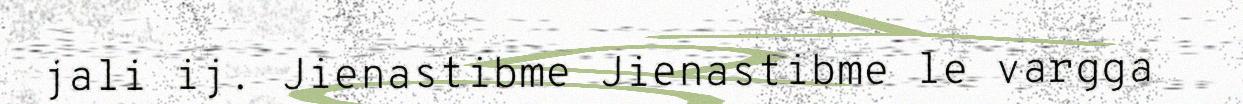
jali ij. Jienastibme Jienastibme le vargga